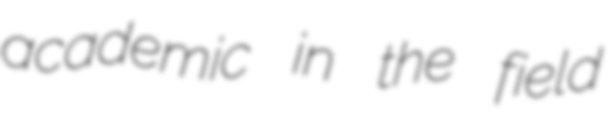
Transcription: academic in the field